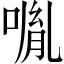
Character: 𠸕